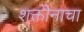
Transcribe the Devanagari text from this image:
शक्तींनाचा